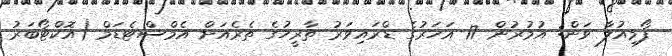
ފޯމިއުލާ ވަން: އުމުރުން 17 އަހަރުގެ ޑްރައިވަރު ތާރީހުގެ ތެރެއަށް އެމްސްޓެޑަމް (އޮކްޓޯބަރު